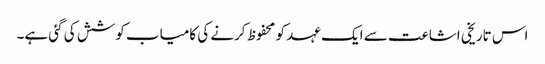
اس تاریخی اشاعت سے ایک عہد کو محفوظ کرنے کی کامیاب کوشش کی گئی ہے۔